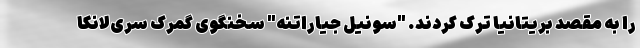
را به مقصد بریتانیا ترک کردند. "سونیل جیاراتنه" سخنگوی گمرک سری‌لانکا